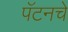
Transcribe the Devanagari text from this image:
पॅटनचे